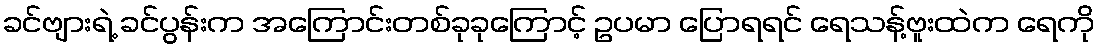
ခင်ဗျားရဲ့ ခင်ပွန်းက အကြောင်းတစ်ခုခုကြောင့် ဥပမာ ပြောရရင် ရေသန့်ဗူးထဲက ရေကို